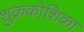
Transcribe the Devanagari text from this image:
शुक्रकोशिका